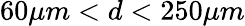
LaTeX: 60\mu m<d<250\mu m